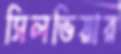
সিলভিয়ার